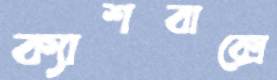
ক্যাশবাক্সে